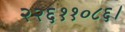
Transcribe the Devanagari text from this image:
२२६११०८६।